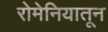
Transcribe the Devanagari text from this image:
रोमेनियातून